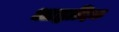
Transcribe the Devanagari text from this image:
आह्लादिक